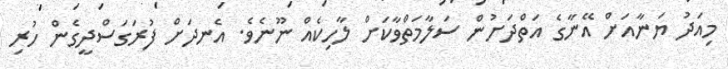
މިއަދު ޔަނާއަށް އޭނާގެ އަތްދަށުން ސަލާމަތްވާކަށް ލާހިކެއް ނޫނެވެ. އެނދަށް ފުރަގަސްދީގެން ހުރި